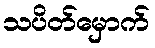
သပိတ်မှောက်